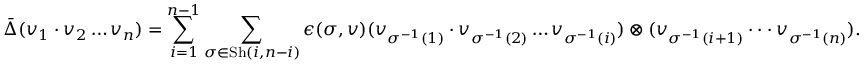
\bar { \Delta } ( v _ { 1 } \cdot v _ { 2 } \dots v _ { n } ) = \sum _ { i = 1 } ^ { n - 1 } \sum _ { \sigma \in \mathrm { S h } ( i , n - i ) } \epsilon ( \sigma , v ) ( v _ { \sigma ^ { - 1 } ( 1 ) } \cdot v _ { \sigma ^ { - 1 } ( 2 ) } \dots v _ { \sigma ^ { - 1 } ( i ) } ) \otimes ( v _ { \sigma ^ { - 1 } ( i + 1 ) } \cdot \cdot \cdot v _ { \sigma ^ { - 1 } ( n ) } ) .